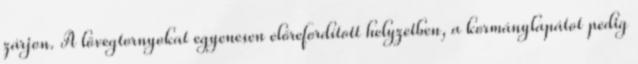
zárjon. A lövegtornyokat egyenesen előrefordított helyzetben, a kormánylapátot pedig